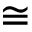
\cong